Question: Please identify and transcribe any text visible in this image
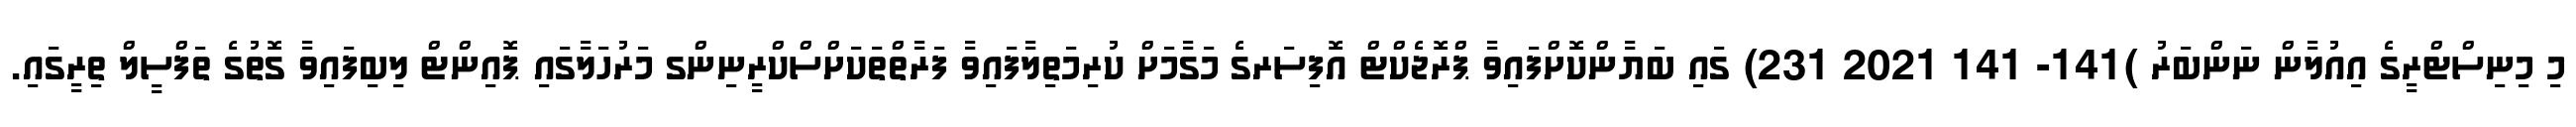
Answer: މި މިނިސްޓްރީގެ އިއުލާން ނަންބަރު )141- 141 2021 231) ގައި ބަޔާންކޮށްފައިވާ ޕްރޮޖެކްޓް އޮފިސަރގެ މަގާމަށް ކުރިމަތިލާފައިވާ ފަރާތްތަކަށްސްކްރީނިންގ މަރުހަލާގައި ޕޮއިންޓް ލިބިފައިވާ ގޮތުގެ ތަފްސީލް ތިރީގައި.